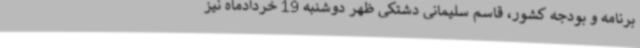
برنامه و بودجه کشور، قاسم سلیمانی دشتکی ظهر دوشنبه 19 خردادماه نیز